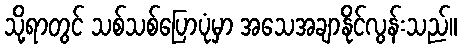
သို့ရာတွင် သစ်သစ်ပြောပုံမှာ အသေအချာနိုင်လွန်းသည်။